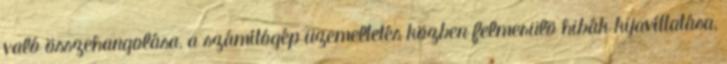
való összehangolása, a számítógép üzemeltetés közben felmerülõ hibák kijavíttatása,